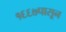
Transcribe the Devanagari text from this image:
१६६७पासून